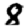
Digit: 8